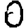
Digit: 0